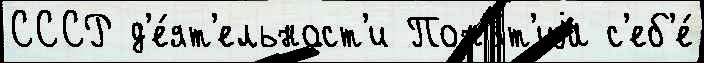
СССР д'е́ят'ельност'и Пон'я́т'иjа с'еб'е́